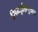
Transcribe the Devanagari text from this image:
सिन्धुर्ब्रह्मपुत्रश्च